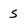
Character: S